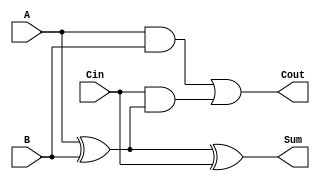
module FullAdder (
    input wire A,     // Input bit 1
    input wire B,     // Input bit 2
    input wire Cin,   // Carry-in bit
    output wire Sum,  // Sum output
    output wire Cout  // Carry-out output
);

    // Internal signals for intermediate calculations
    wire A_xor_B;     // Result of A XOR B

    // Calculate Sum (A XOR B XOR Cin)
    assign A_xor_B = A ^ B;      // First XOR
    assign Sum = A_xor_B ^ Cin;   // Second XOR

    // Calculate Cout ((A AND B) OR (Cin AND (A XOR B)))
    assign Cout = (A & B) | (Cin & A_xor_B);

endmodule